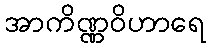
အာကိဏ္ဏဝိဟာရေ